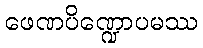
ဖေဏပိဏ္ဍောပမဿ